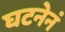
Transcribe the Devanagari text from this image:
घटनेनं